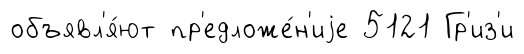
объявл'я́ют пр'едложе́н'иjе 5121 Гр'из'и